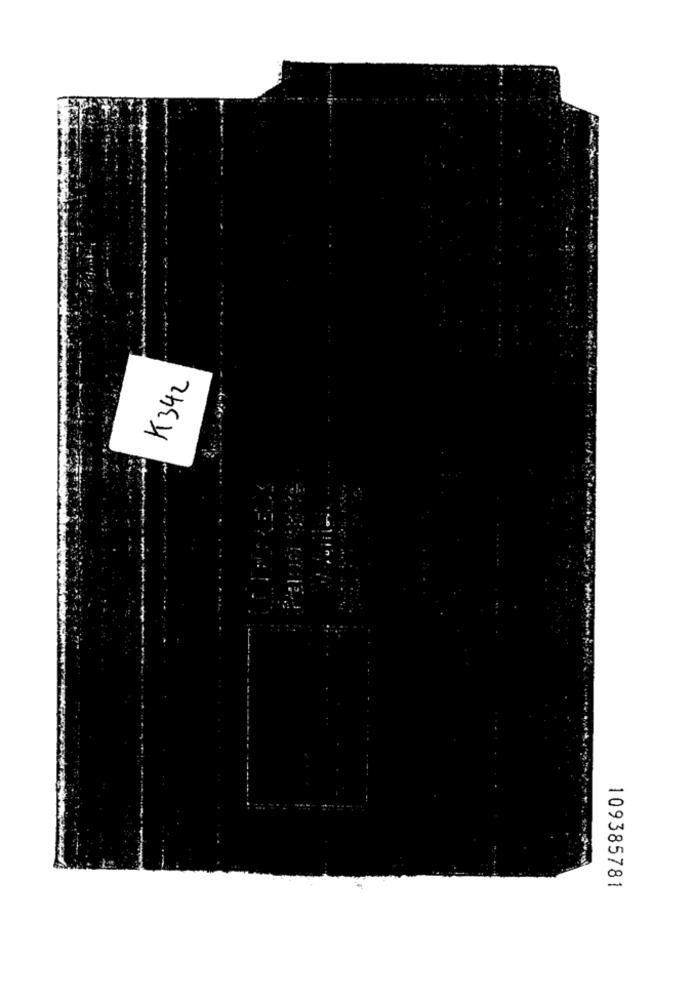
K342
109385781